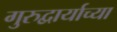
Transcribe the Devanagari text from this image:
गुरुद्वार्याच्या